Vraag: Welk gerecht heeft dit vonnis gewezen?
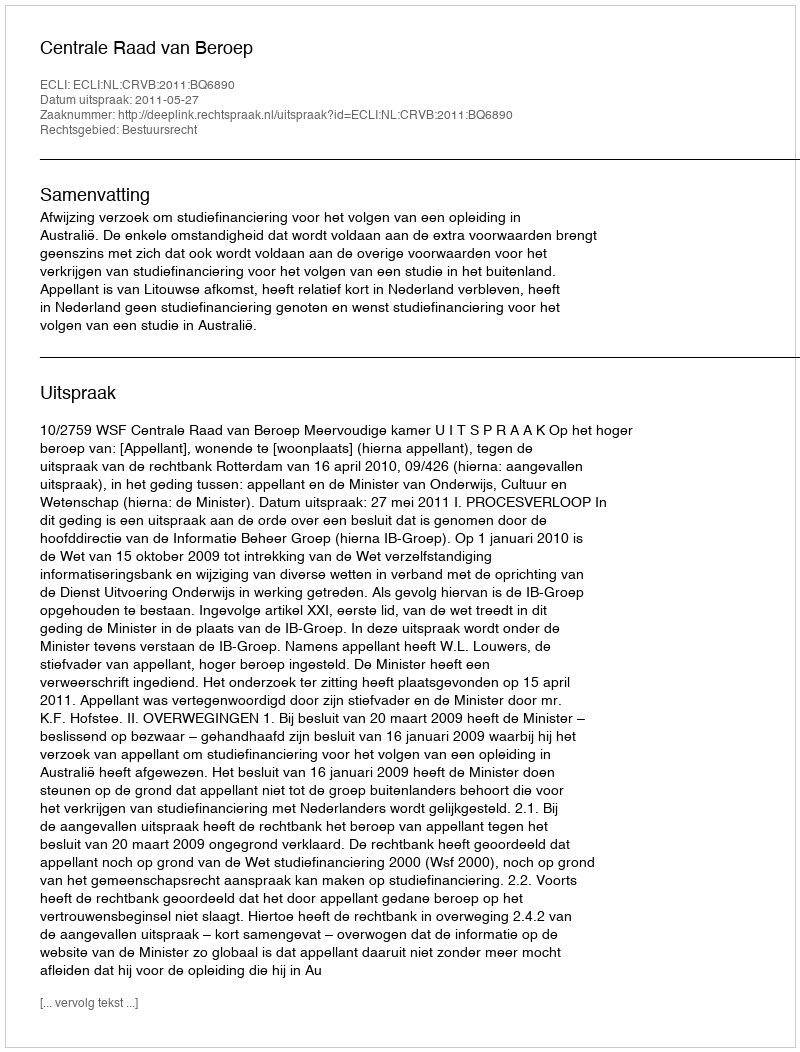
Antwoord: Centrale Raad van Beroep